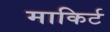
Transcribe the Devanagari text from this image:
माकिर्ट